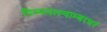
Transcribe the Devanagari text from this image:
दिव्यमाल्याम्बरधरं